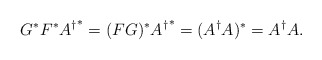
\begin{align*}G^*F^*{A^{\dagger}}^*=(FG)^{*}{A^{\dagger}}^*=(A^{\dagger}A)^{*}=A^{\dagger}A.\end{align*}